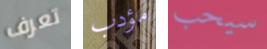
تعرف مؤدب سيحب